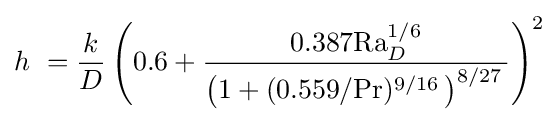
h\ ={\frac {k}{D}}\left({0.6+{\frac {0.387\mathrm {Ra} _{D}^{1/6}}{\left(1+(0.559/\mathrm {Pr} )^{9/16}\,\right)^{8/27}\,}}}\right)^{2}